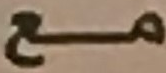
مع